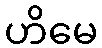
ဟိမေ